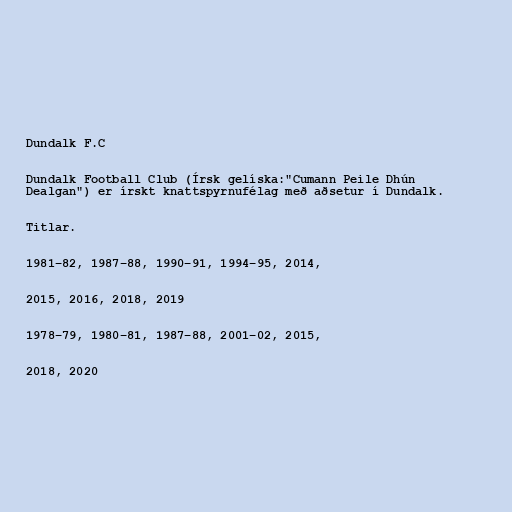
Dundalk F.C

Dundalk Football Club (Írsk gelíska:"Cumann Peile Dhún
Dealgan") er írskt knattspyrnufélag með aðsetur í Dundalk.

Titlar.

1981–82, 1987–88, 1990–91, 1994–95, 2014,

2015, 2016, 2018, 2019

1978–79, 1980–81, 1987–88, 2001–02, 2015,

2018, 2020